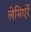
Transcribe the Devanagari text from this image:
लेमिएर्रे